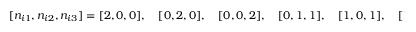
[ n _ { i 1 } , n _ { i 2 } , n _ { i 3 } ] = [ 2 , 0 , 0 ] , \quad [ 0 , 2 , 0 ] , \quad [ 0 , 0 , 2 ] , \quad [ 0 , 1 , 1 ] , \quad [ 1 , 0 , 1 ] , \quad [ 1 , 1 , 0 ] .